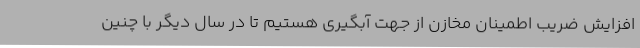
افزایش ضریب اطمینان مخازن از جهت آبگیری هستیم تا در سال دیگر با چنین